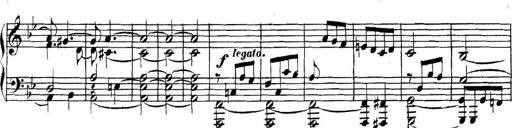
Title: Collected Piano Sonatas
Composer: Muzio Clementi